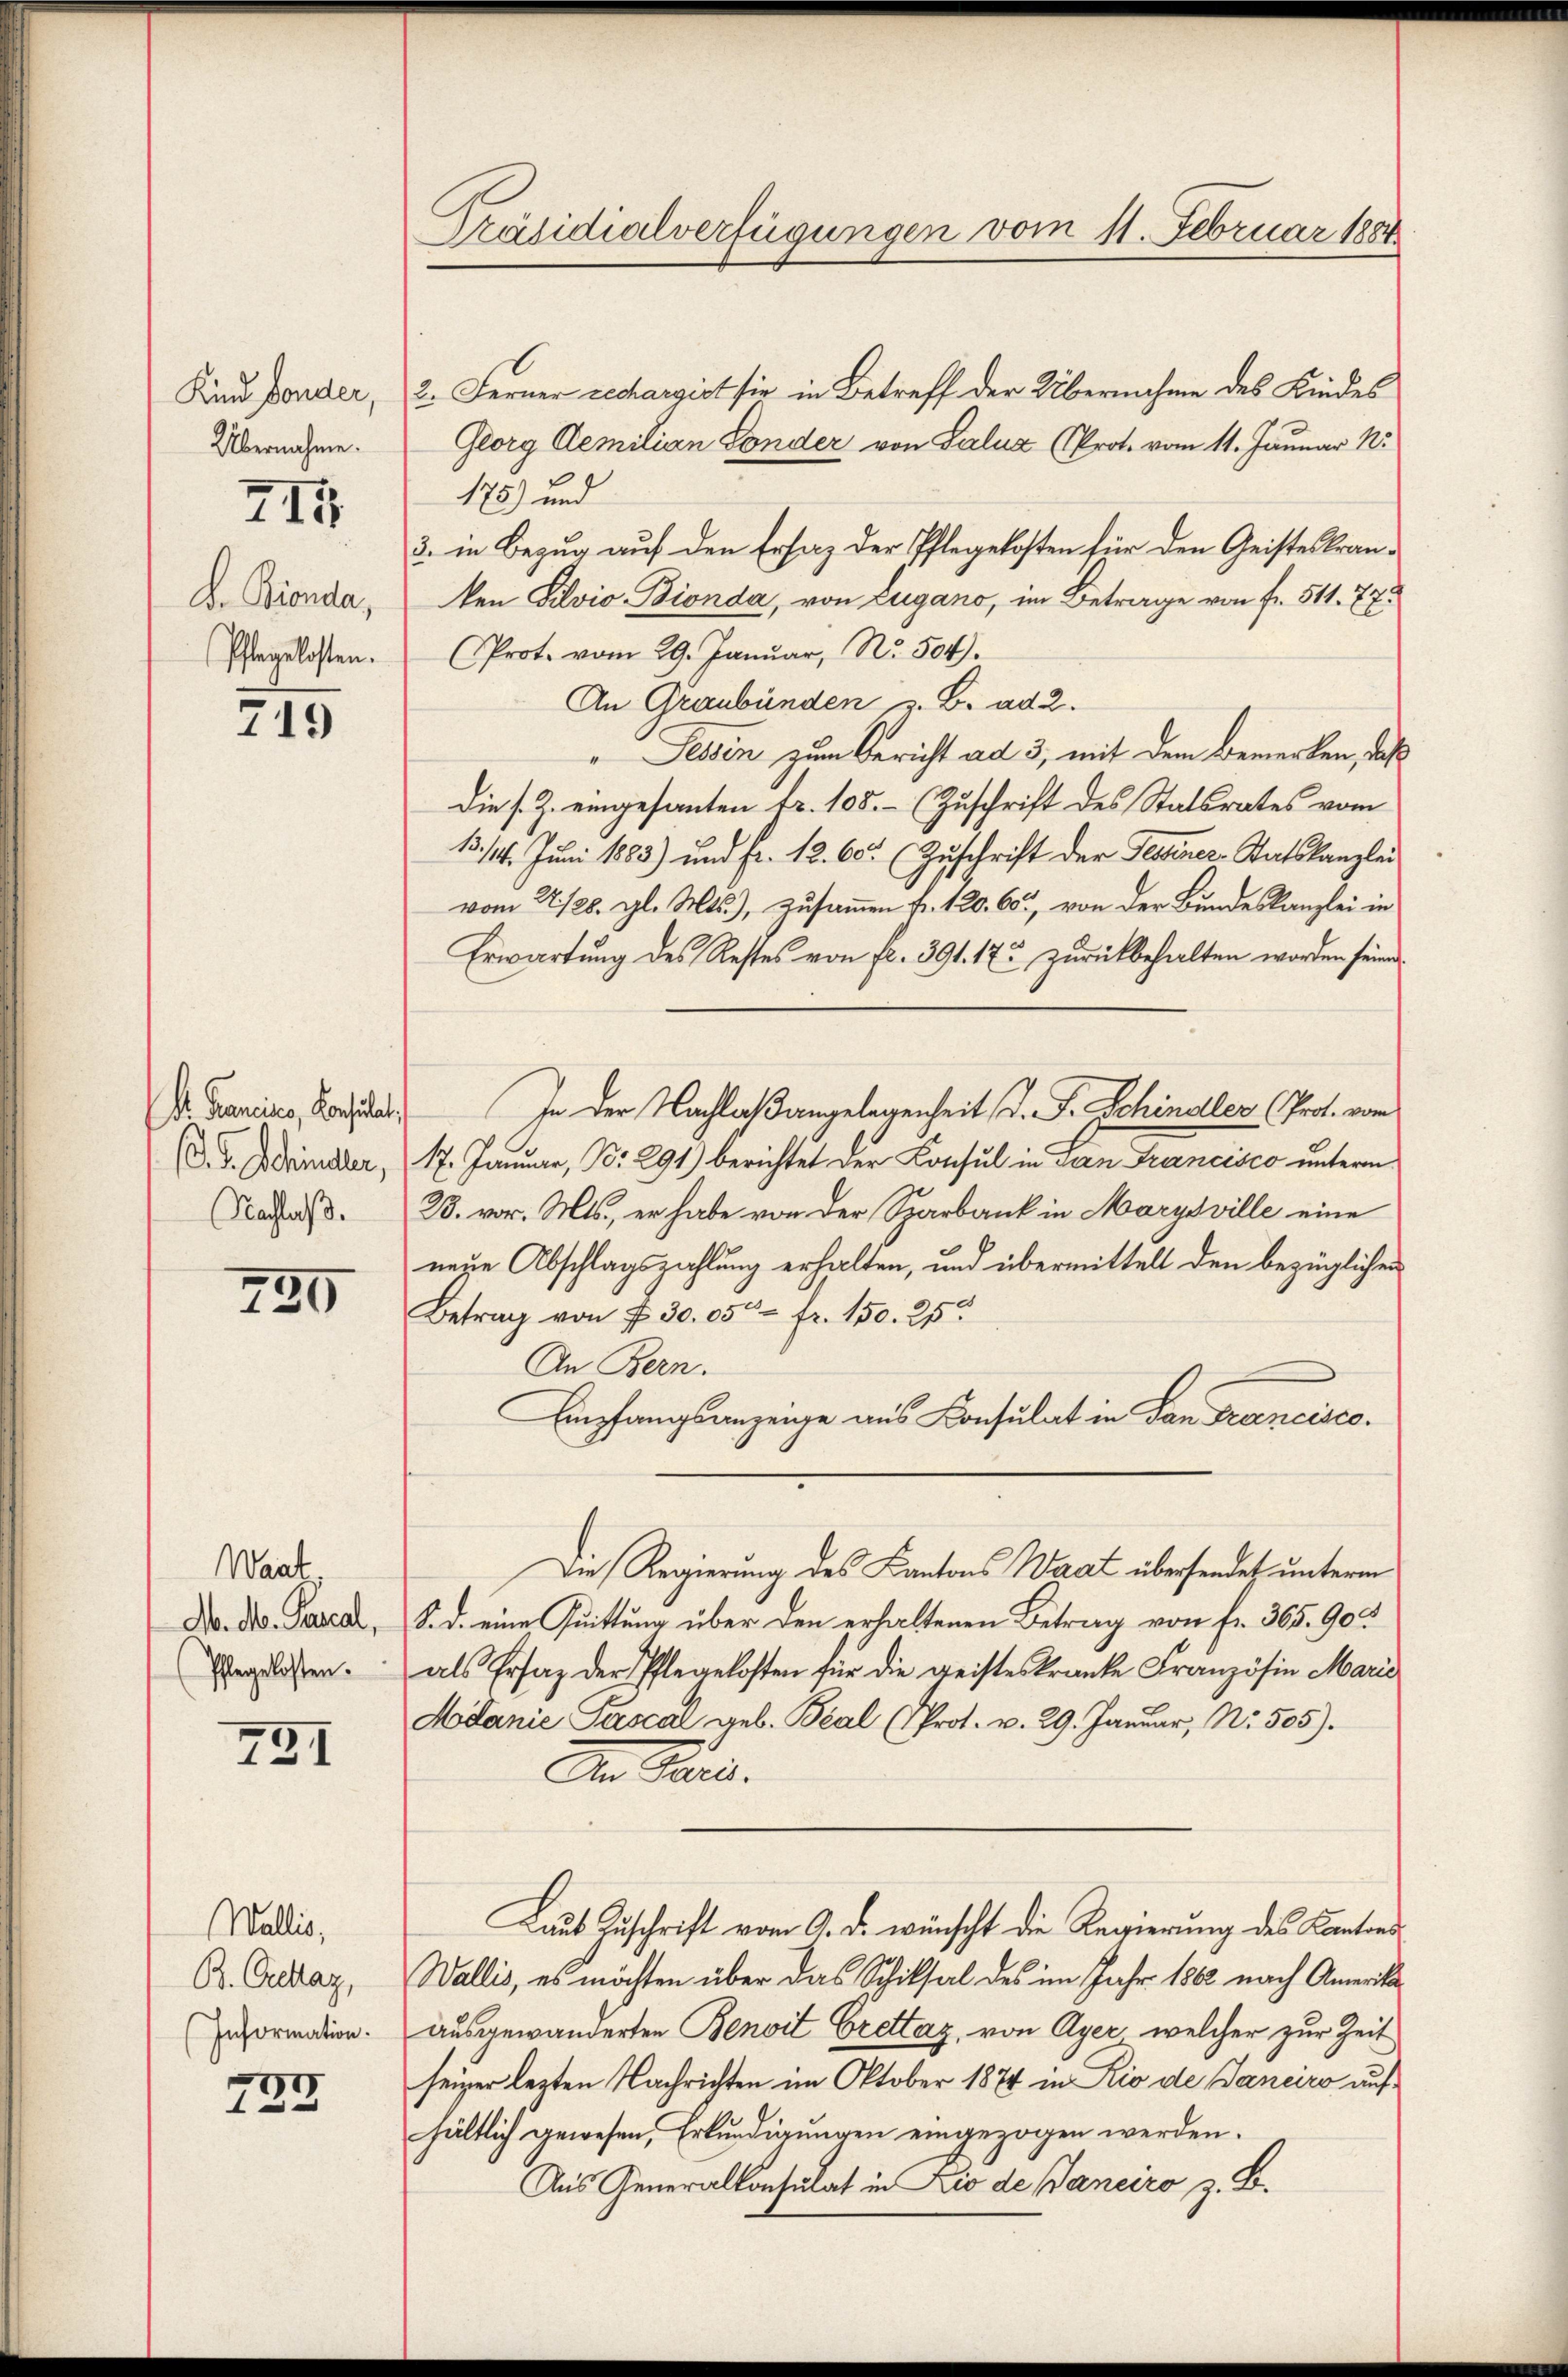
Kind fonder,
Übernahme.

714.

F. Bienda,
Pflegelosten.

719

Dr. Francisco, Konsulat,
P. F. Schinder,

799

Waat,
M. M. Pascal,
Pflegelosten.

721

Wallis,
B. Orellaz,
Information.

729

Präsidialverfügungen vom 11. Februar 1884

2. Ferner rechargirt sie in Betreff der Übernahme des Kindes
Georg Aemilian Sonder von Salua (Prot. vom 11. Januar N.
175) und
3. in Bezug auf den Ersaz der Pflegekosten für den Geisteskranken Silvio Bionda, von Zugano, im Betrage von fr. 511. 77.
(Prot. vom 29. Januar, No. 504).
An Graubünden z. B. ad 2.
Tessin zum Bericht ad 3, mit dem Bemerken, daß
Die s. Z. eingesanten Fr. 105. (Zuschrift des Statsrates vom
15. 114. Juni 1883) und Fr. 12. 60. Zuschrift der Tessiner-Staatskanzlei
vom 22/26. gl. Mts.), Zusammen fr. 120. 65, von der Bundeskanzlei in
Erwartung des Restes von fr. 391. 173 zurückbehalten worden seine
In der Nachlaßangelegenheit d. J. Schindler (Prot. vom
17. Januar, No. 291) berichtet der Konsul in San Francisco unterm
Faas. 28. vor. Mts., er habe von der Sparbank in Marysville eine
neue Abschlagszahlung erhalten, und übermittelt den bezüglichen
Betrag von § 30. 050 fr. 150. 25
An Bern.
Empfangsanzeige aus Konsulat in San Francisco
Die Regierung des Kantons Waat übersendet unterm
S. d. eine Quittung über den erhaltenen Betrag von fr. 365. 90
als Ersatz der Pflegelosten für die geisteskranke Französin Marić
Adanić Pascar geb. Beal (Prot. v. 29. Januar, No. 505).
An Paris.
Laut Zuschrift vom 9. d. wünscht die Regierung des Kantons¬
Wallis, es möchten über das Schiksal des im Jahr 1862 nach Amerikaausgewanderten Benoit Crettaz, von Ayer, welcher zur Zeit
seizer lezten Nachrichten im Oktober 1874 in Rio de Janeiro aufhältlich gewesen, Erkundigungen eingezogen werden.
Aus Generalkonsulat in Zio de Janeiro z. B.